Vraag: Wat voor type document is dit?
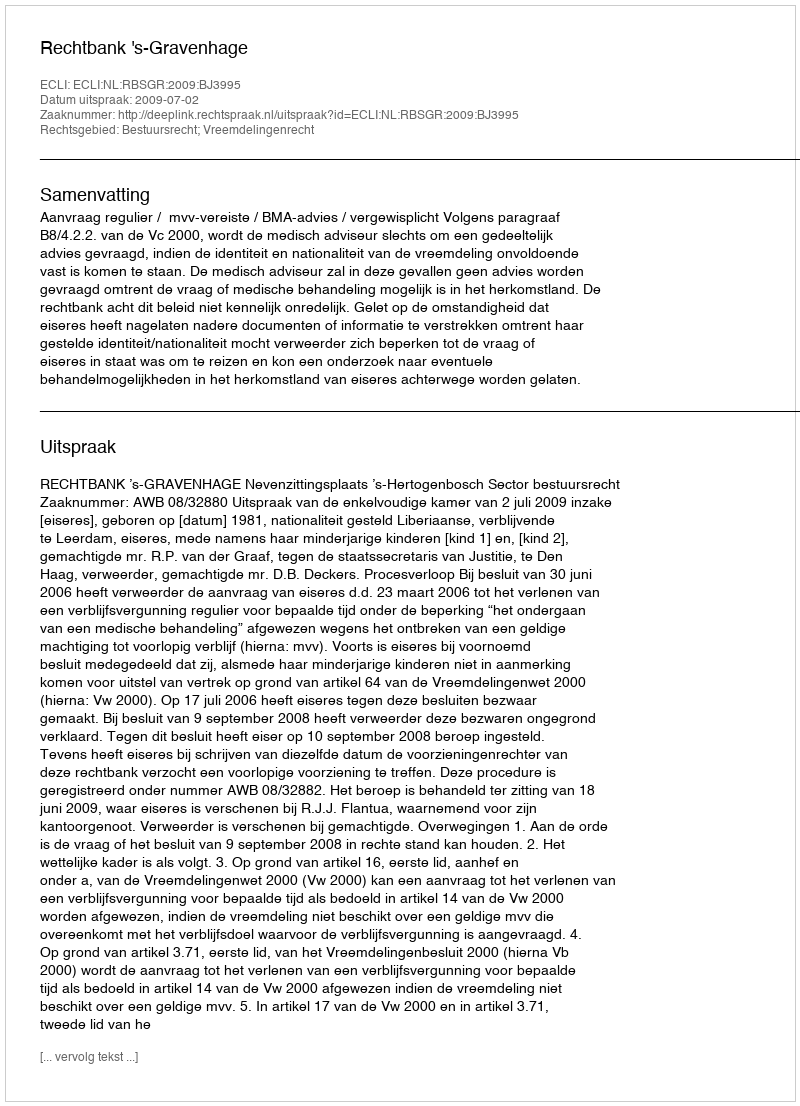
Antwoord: Uitspraak